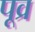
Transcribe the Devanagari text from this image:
पूव्र